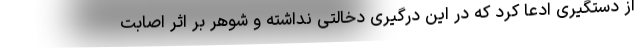
از دستگیری ادعا کرد که در این درگیری دخالتی نداشته و شوهر بر اثر اصابت